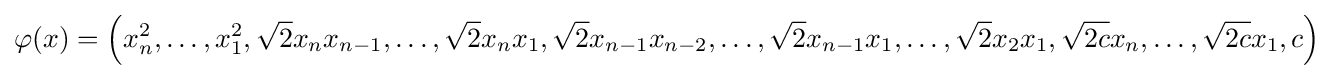
\varphi (x)=\left(x_{n}^{2},\ldots ,x_{1}^{2},{\sqrt {2}}x_{n}x_{n-1},\ldots ,{\sqrt {2}}x_{n}x_{1},{\sqrt {2}}x_{n-1}x_{n-2},\ldots ,{\sqrt {2}}x_{n-1}x_{1},\ldots ,{\sqrt {2}}x_{2}x_{1},{\sqrt {2c}}x_{n},\ldots ,{\sqrt {2c}}x_{1},c\right)